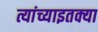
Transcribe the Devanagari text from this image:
त्यांच्याइतक्या